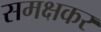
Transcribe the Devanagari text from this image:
समक्षकर